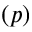
( p )